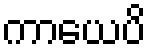
ကာယေပိ